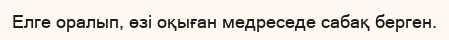
Елге оралып, өзі оқыған медреседе сабақ берген.